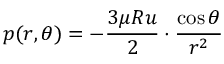
p ( r , \theta ) = - { \frac { 3 \mu R u } { 2 } } \cdot { \frac { \cos \theta } { r ^ { 2 } } }